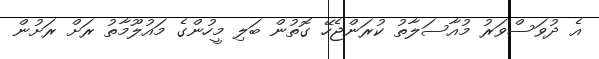
އެ ދުވަސްވަރު މުއާސަލާތު ކުރަންޖެހޭ ގޮތުން ބަލި މީހުންގެ މައުލޫމާތު ރަށް ރަށުން